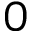
0